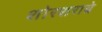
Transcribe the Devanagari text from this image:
शोरशराबे